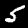
Digit: 5